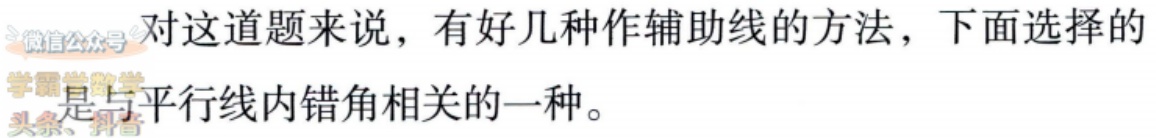
对这道题来说，有好几种作辅助线的方法，下面选择的是与平行线内错角相关的一种。